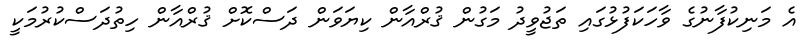
އެ މަނިކުފާނުގެ ވާހަކަފުޅުގައި ތަޖުވީދު މަގުން ޤުރްއާން ކިޔަވަން ދަސްކޮށް ޤުރްއާން ހިތުދަސްކުރުމަކީ